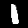
Label: 1